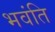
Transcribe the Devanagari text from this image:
भवंति